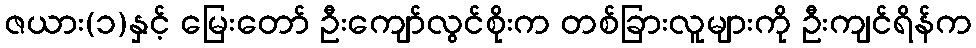
ဇယား(၁)နှင့် မြေးတော် ဦးကျော်လွင်စိုးက တစ်ခြားလူများကို ဦးကျင်ရိန်က